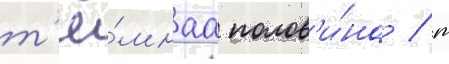
т'ё́мнаа полов'и́на / т